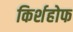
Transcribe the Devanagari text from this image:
किर्शहोफ